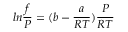
l n \frac { f } { P } = ( b - \frac { a } { R T } ) \frac { P } { R T }